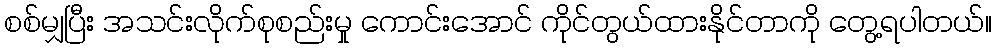
စစ်မျှပြီး အသင်းလိုက်စုစည်းမှု ကောင်းအောင် ကိုင်တွယ်ထားနိုင်တာကို တွေ့ရပါတယ်။